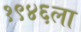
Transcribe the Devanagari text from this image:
१९४६ला